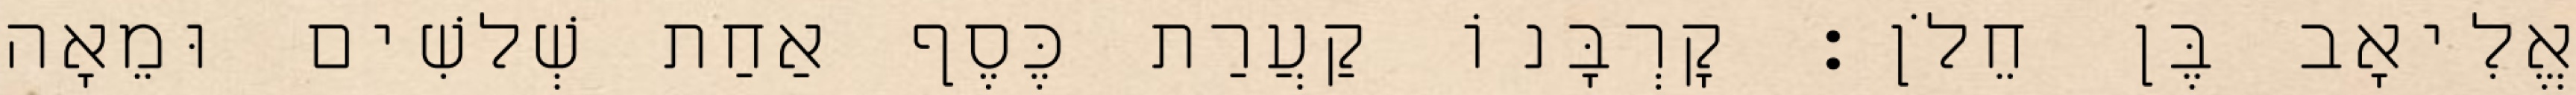
אֱלִיאָב בֶּן חֵלֹן׃ קָרְבָּנוֹ קַעֲרַת כֶּסֶף אַחַת שְׁלשִׁים וּמֵאָה